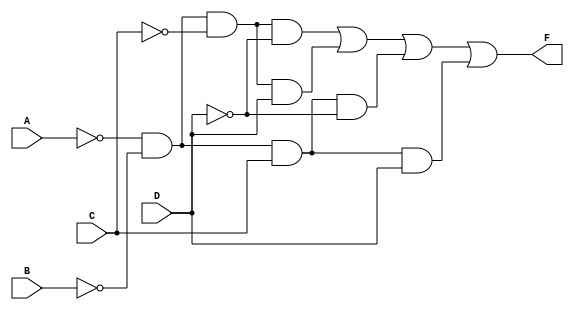
module prime_implicant_minimizer (
    input wire A,
    input wire B,
    input wire C,
    input wire D,
    output wire F
);

// Define the minterms for the function
parameter MINTERMS = 4'b1101; // Example: minterms for F(A,B,C,D) = 1, 3, 5, 7
parameter DONT_CARE = 4'b0010; // Example: don't care conditions

// Internal signals for the minterm evaluation
wire [15:0] minterm_mask;
wire [15:0] dont_care_mask;
wire [15:0] combined_mask;

// Generate minterm mask
assign minterm_mask = {4'b0000, MINTERMS}; // Convert to 16-bit representation
assign dont_care_mask = {4'b0000, DONT_CARE}; // Convert to 16-bit representation

// Combine minterms and don't cares
assign combined_mask = minterm_mask | dont_care_mask;

// Logic to determine the output based on the combined mask
assign F = (combined_mask[0] & ~A & ~B & ~C & ~D) | // minterm 0
           (combined_mask[1] & ~A & ~B & ~C & D)  | // minterm 1
           (combined_mask[2] & ~A & ~B & C & ~D)   | // minterm 2
           (combined_mask[3] & ~A & ~B & C & D)    | // minterm 3
           (combined_mask[4] & ~A & B & ~C & ~D)   | // minterm 4
           (combined_mask[5] & ~A & B & ~C & D)    | // minterm 5
           (combined_mask[6] & ~A & B & C & ~D)     | // minterm 6
           (combined_mask[7] & ~A & B & C & D)      | // minterm 7
           (combined_mask[8] & A & ~B & ~C & ~D)    | // minterm 8
           (combined_mask[9] & A & ~B & ~C & D)     | // minterm 9
           (combined_mask[10] & A & ~B & C & ~D)    | // minterm 10
           (combined_mask[11] & A & ~B & C & D)     | // minterm 11
           (combined_mask[12] & A & B & ~C & ~D)    | // minterm 12
           (combined_mask[13] & A & B & ~C & D)     | // minterm 13
           (combined_mask[14] & A & B & C & ~D)     | // minterm 14
           (combined_mask[15] & A & B & C & D);      // minterm 15

endmodule